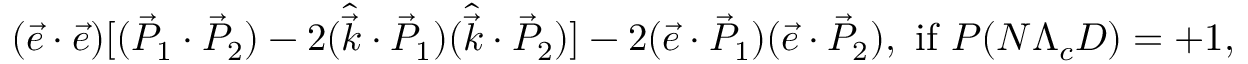
( \vec { e } \cdot \vec { e } ) [ ( \vec { P } _ { 1 } \cdot \vec { P } _ { 2 } ) - 2 ( \hat { \vec { k } } \cdot \vec { P } _ { 1 } ) ( \hat { \vec { k } } \cdot \vec { P } _ { 2 } ) ] - 2 ( \vec { e } \cdot \vec { P } _ { 1 } ) ( \vec { e } \cdot \vec { P } _ { 2 } ) , \mathrm { ~ i f ~ } P ( N \Lambda _ { c } D ) = + 1 ,